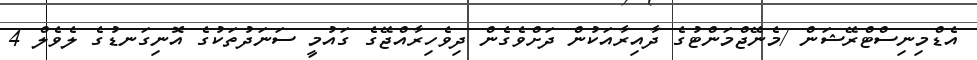
އެޑްމިނިސްޓްރޭޝަން /މެނޭޖްމަންޓުގެ ދާއިރާއަކުން ދަށްވެގެން ދިވެހިރާއްޖޭގެ ގައުމީ ސަނަދުތަކުގެ އޮނިގަނޑުގެ ލެވެލް 4